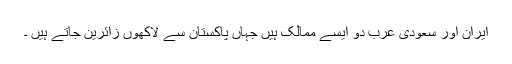
ایران اور سعودی عرب دو ایسے ممالک ہیں جہاں پاکستان سے لاکھوں زائرین جاتے ہیں ۔